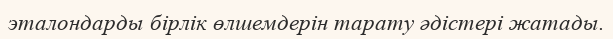
эталондарды бірлік өлшемдерін тарату әдістері жатады.